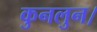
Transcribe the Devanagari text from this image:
कुनलुन।